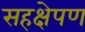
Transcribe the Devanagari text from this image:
सहक्षेपण